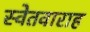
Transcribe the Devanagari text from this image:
स्वेतवाराह